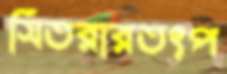
সিতরারতৎপ